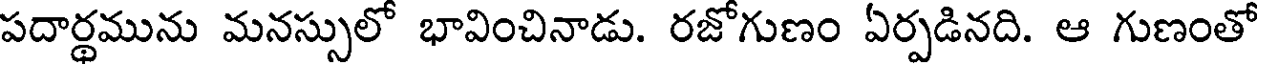
పదార్థమును మనస్సులో భావించినాడు. రజోగుణం ఏర్పడినది. ఆ గుణంతో